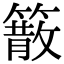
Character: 䉈